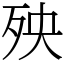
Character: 殃